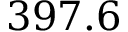
3 9 7 . 6